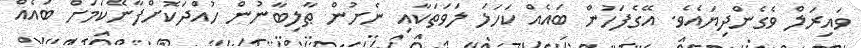
ވައިރަލް ވެގެންދިޔައެވެ. އޭގެފަހުން ބައެއް ކަހަލަ ލަވަތަކާއި ނެށުން ޠާލިބާނުން ހުއްދަކޮށްފާނޭކަމަށް ބައެއް